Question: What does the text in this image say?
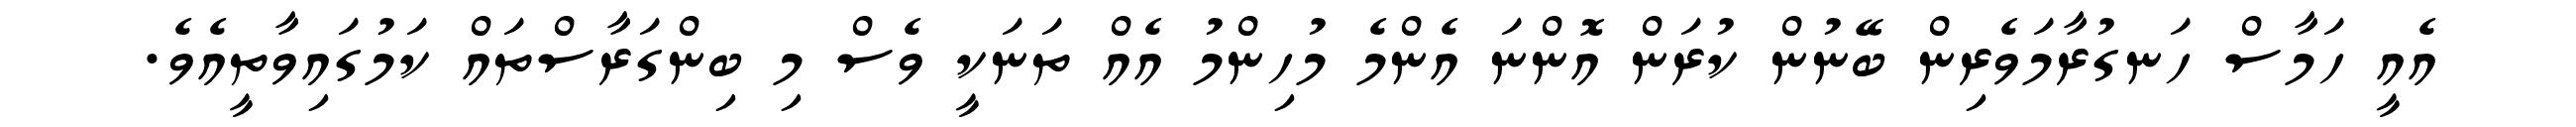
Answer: އެއީ ހަމާސް ހަނގުރާމަވެރިން ބޭނުން ކުރަން އޮންނަ އެންމެ މުހިންމު އެއް ތަނަކީ ވެސް މި ބިންގަރާސްތައް ކަމުގައިވާތީއެވެ.